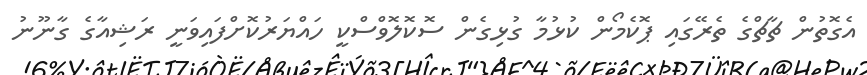
އެގޮތުން ޗާޗްގެ ތެރޭގައި ޕޮކެމޯން ކުޅުމާ ގުޅިގެން ސޮކޮލޮވްސްކީ ހައްޔަރުކޮށްފައިވަނީ ރަޝިއާގެ ގާނޫނު